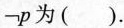
则-p为（）.